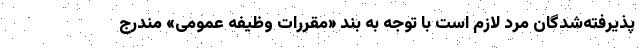
پذیرفته‌شدگان مرد لازم است با توجه به بند «مقررات وظیفه عمومی» مندرج